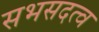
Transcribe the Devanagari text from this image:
सभसदत्व